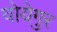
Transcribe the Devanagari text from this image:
वोयेगुर